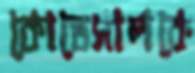
কোডেসালকে